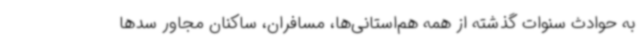
به حوادث سنوات گذشته از همه هم‌استانی‌ها، مسافران، ساکنان مجاور سدها